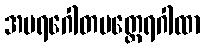
အပရဂေါတမတ္ထေရဂါထာ